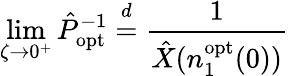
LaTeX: \operatorname*{lim}_{\zeta\to 0^{+}}\hat{P}_{\mathrm{opt}}^{-1}\overset{d}{=}\frac{1}{\hat{X}(n_{1}^{\mathrm{opt}}(0))}